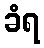
ခံရ